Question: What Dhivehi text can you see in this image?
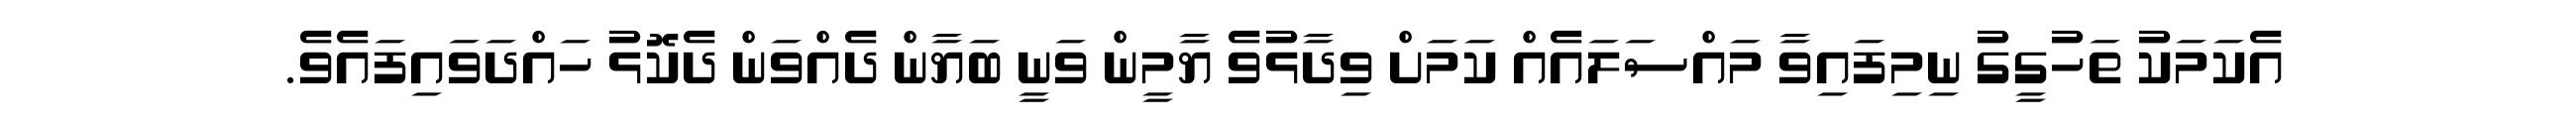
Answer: އެކަމަކު ތަހުގީގު ނިމިފައިވާ މައްސަލައެއް ކަމަށް ވިދާޅުވެ ޔާމީން ވަނީ ބަޔާން ދެއްވަން ދެކޮޅު ހައްދަވައިފައެވެ.